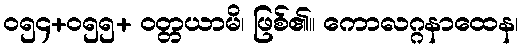
၀၅၄+၀၅၅+ ဝတ္တယာမိ၊ ဖြစ်၏။ ကောလဂ္ဂနာထေန၊